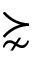
\succnsim